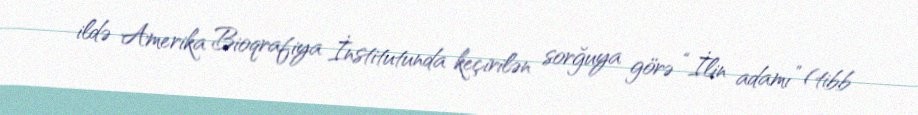
ildə Amerika Bioqrafiya İnstitutunda keçirilən sorğuya görə “İlin adamı” (tibb